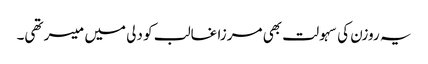
یہ روزن کی سہولت بھی مرزا غالب کو دلی میں میسر تھی۔